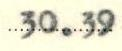
30.39